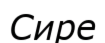
Сире